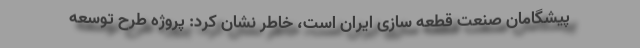
پیشگامان صنعت قطعه سازی ایران است، خاطر نشان کرد: پروژه طرح توسعه